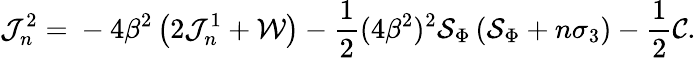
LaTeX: \mathcal J_{n}^{2}={}-4\beta^{2}\left(2\mathcal J_{n}^{1}+{\cal W}\right)-\frac{1}{2}(4\beta^{2})^{2}{\cal S}_{\Phi}\left({\cal S}_{\Phi}+n\sigma_{3}\right)-\frac 12{\cal C}.